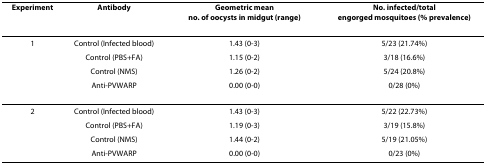
| Experiment | Antibody | Geometric mean no. of oocysts in midgut (range) | No. infected/total engorged mosquitoes (% prevalence) |
 | --- | --- | --- | --- |
 | 1 | Control (Infected blood) | 1.43 (0-3) | 5/23 (21.74%) |
 |  | Control (PBS+FA) | 1.15 (0-2) | 3/18 (16.6%) |
 |  | Control (NMS) | 1.26 (0-2) | 5/24 (20.8%) |
 |  | Anti-PVWARP | 0.00 (0-0) | 0/28 (0%) |
 | 2 | Control (Infected blood) | 1.43 (0-3) | 5/22 (22.73%) |
 |  | Control (PBS+FA) | 1.19 (0-3) | 3/19 (15.8%) |
 |  | Control (NMS) | 1.44 (0-2) | 5/19 (21.05%) |
 |  | Anti-PVWARP | 0.00 (0-0) | 0/23 (0%) |